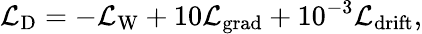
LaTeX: \mathcal{L}_{\mathrm{D}}=-\mathcal{L}_{\mathrm{W}}+10\mathcal{L}_{\mathrm{grad}}+10^{-3}\mathcal{L}_{\mathrm{drift}},